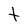
Character: t